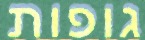
גופות